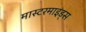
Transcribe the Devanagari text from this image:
मास्टरमाइंड्स